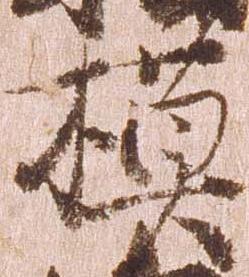
模